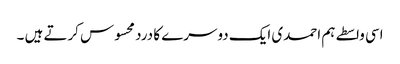
اسی واسطے ہم احمدی ایک دوسرے کا درد محسوس کرتے ہیں ۔